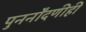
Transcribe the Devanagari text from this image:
पुनर्नोंदणीही